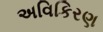
અવિકિરણ